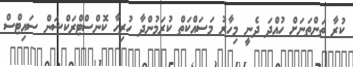
ކުރާ ތަންތަނަށް ހުއްދަ ދެނީ މިހާރު މަސައްކަތް ކުރަމުންދާ ހުރިހާ ކޮންސްޓްރަކްޝަން ސައިޓްސް